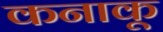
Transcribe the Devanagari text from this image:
कनाकू